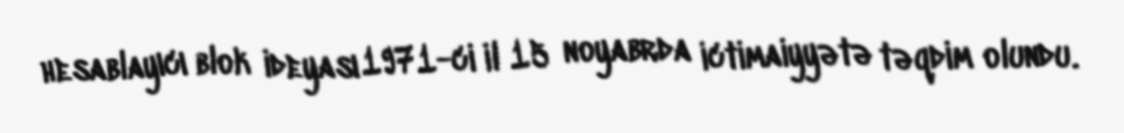
hesablayıcı blok ideyası 1971-ci il 15 noyabrda ictimaiyyətə təqdim olundu.